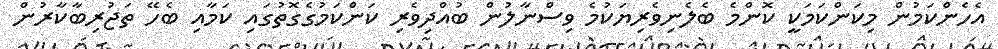
އެހެންކަމުން މިކަންކަމަކީ ކޮންމެ ބެލެނިވެރިޔަކުމެ ވިސްނާލުން ބުއްދިވެރި ކަންކަމުގެގޮތުގައި ކަމާއި ބެހޭ ތަޖުރިބާކާރުން